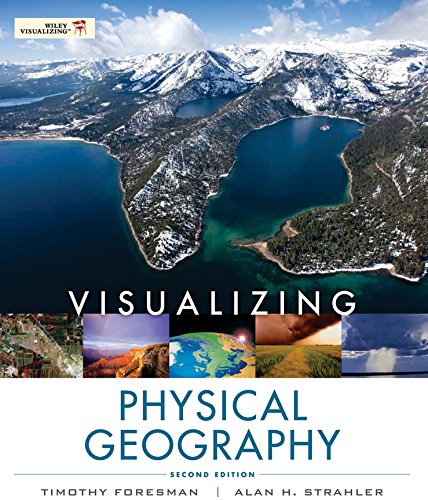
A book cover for Visualizing Physical Geography; Timothy Foresman; Science & Math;